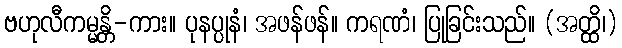
ဗဟုလီကမ္မန္တိ-ကား။ ပုနပ္ပုနံ၊ အဖန်ဖန်။ ကရဏံ၊ ပြုခြင်းသည်။ (အတ္ထိ၊)